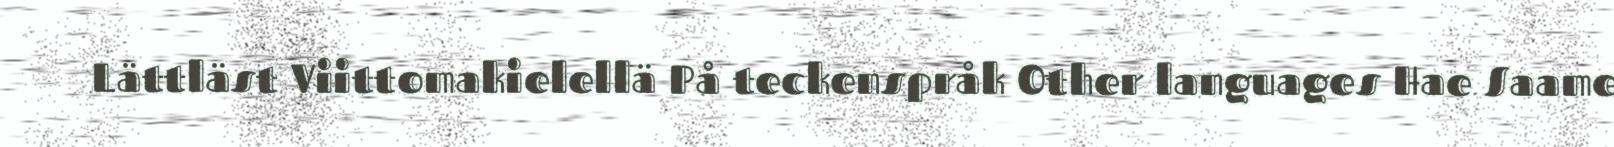
Lättläst Viittomakielellä På teckenspråk Other languages Hae Saame